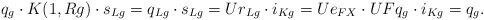
\begin{align*} q_g\cdot K(1,{R}g)\cdot s_{{L}g}=q_{Lg}\cdot s_{{L}g}=Ur_{Lg}\cdot i_{Kg} =Ue_{FX}\cdot UFq_{g}\cdot i_{Kg} = q_{g}.\end{align*}